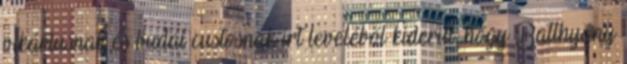
vikáriusnak és budai custosnak írt leveléből kiderül, hogy Batthyány